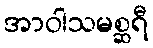
အာဝါသမစ္ဆရီ